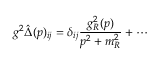
g ^ { 2 } \hat { \Delta } ( p ) _ { i j } = \delta _ { i j } \frac { g _ { R } ^ { 2 } ( p ) } { p ^ { 2 } + m _ { R } ^ { 2 } } + \cdots